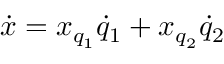
{ \dot { x } } = x _ { q _ { 1 } } { \dot { q } } _ { 1 } + x _ { q _ { 2 } } { \dot { q } } _ { 2 }